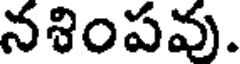
నశింపవు.